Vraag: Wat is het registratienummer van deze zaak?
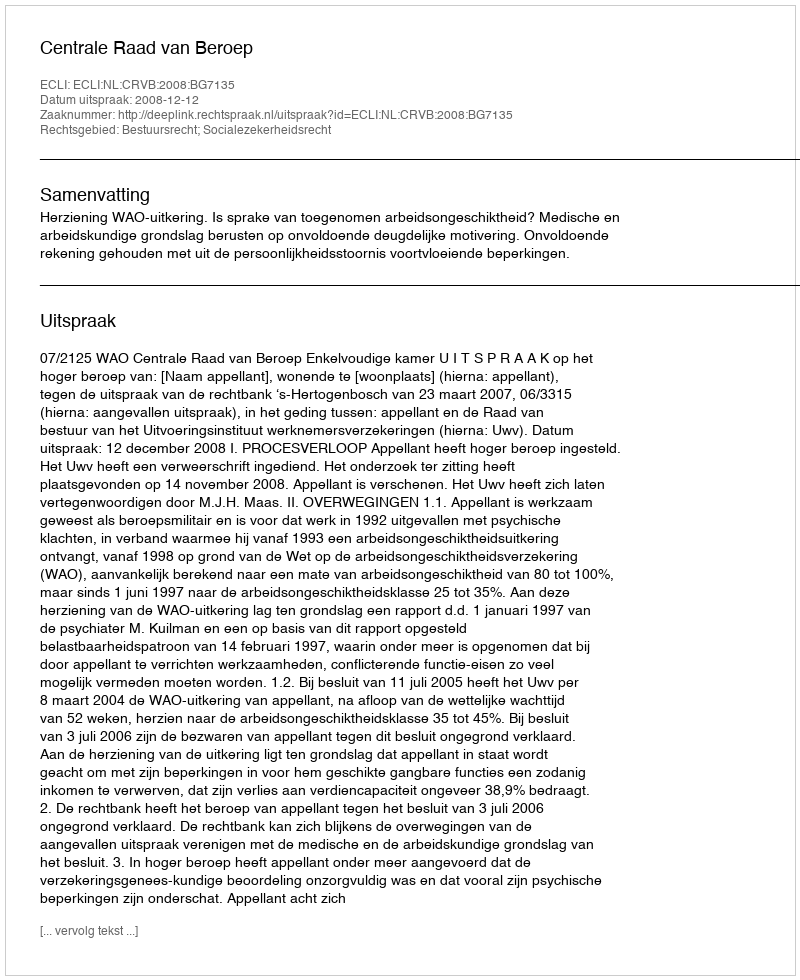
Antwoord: http://deeplink.rechtspraak.nl/uitspraak?id=ECLI:NL:CRVB:2008:BG7135